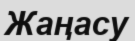
Жаңасу